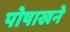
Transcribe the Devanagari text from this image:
पोषाखने